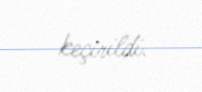
keçirildi.